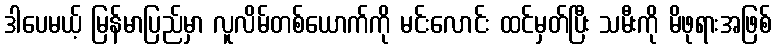
ဒါပေမယ့် မြန်မာပြည်မှာ လူလိမ်တစ်ယောက်ကို မင်းလောင်း ထင်မှတ်ပြီး သမီးကို မိဖုရားအဖြစ်